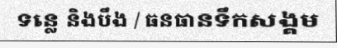
ទន្លេ និងបឹង / ធនធានទឹកសង្គម